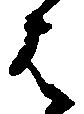
は